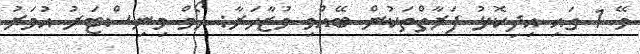
މޭ 1 ގައި އިދިކޮޅު ފަރާތްތަކުން ބޭއްވި މުޒާހަރާ: ހޯމް މިނިސްޓަރު އުމަރު